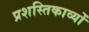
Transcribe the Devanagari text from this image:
प्रशस्तिकाव्यों